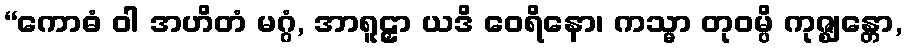
“ကောဓံ ဝါ အဟိတံ မဂ္ဂံ, အာရူဠှာ ယဒိ ဝေရိနော၊ ကသ္မာ တုဝမ္ပိ ကုဇ္ဈန္တော,